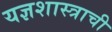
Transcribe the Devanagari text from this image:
यज्ञशास्त्राची